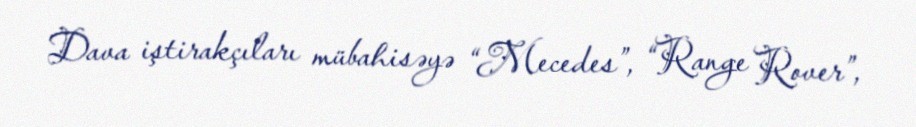
Dava iştirakçıları mübahisəyə “Mecedes”, “Range Rover”,